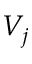
V _ { j }